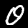
Label: 0